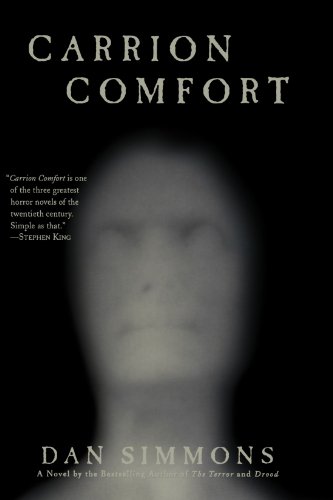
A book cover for Carrion Comfort; Dan Simmons; Mystery, Thriller & Suspense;